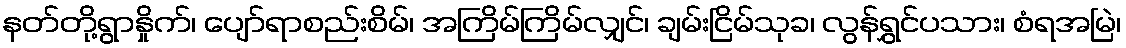
နတ်တို့ရွာနှိုက်၊ ပျော်ရာစည်းစိမ်၊ အကြိမ်ကြိမ်လျှင်၊ ချမ်းငြိမ်သုခ၊ လွန်ရွှင်ပသား၊ စံရအမြဲ၊